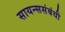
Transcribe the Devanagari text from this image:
सायन्ससंबंधी